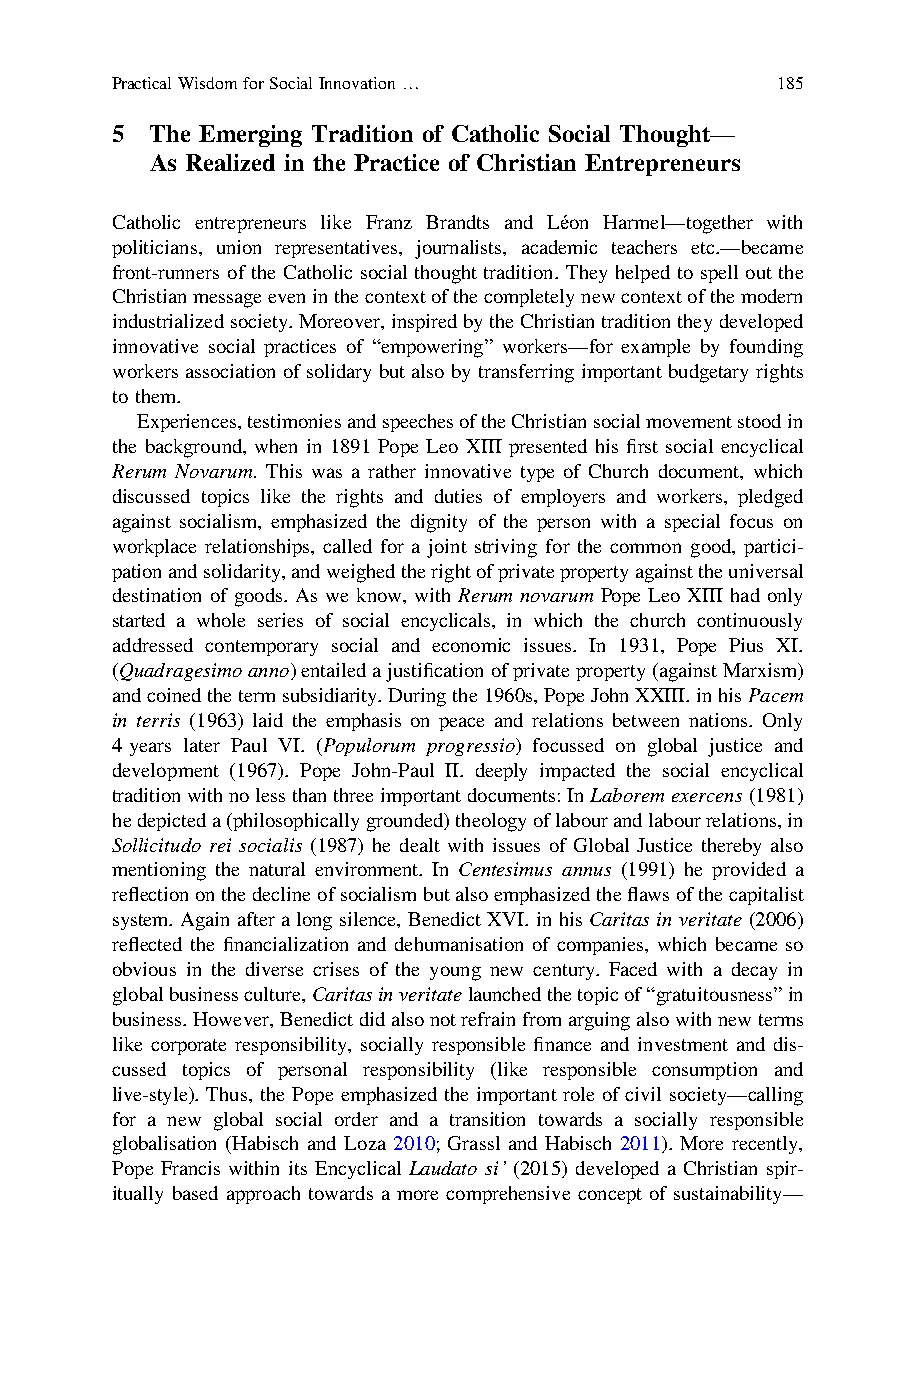
PracticalWisdomforSocialInnovation…         185
 5  The Emerging Tradition of Catholic Social Thought—
 As Realized in the Practice of Christian Entrepreneurs
 Catholic entrepreneurs like Franz Brandts and Léon Harmel—together with
 politicians, union representatives, journalists, academic teachers etc.—became
 front-runners of the Catholic social thought tradition. They helped to spell out the
 Christianmessageeveninthecontextofthecompletelynewcontextofthemodern
 industrializedsociety.Moreover,inspiredbytheChristiantraditiontheydeveloped
 innovative social practices of “empowering” workers—for example by founding
 workers association of solidary but also by transferring important budgetary rights
 to them.
 Experiences,testimoniesandspeechesoftheChristiansocialmovementstoodin
 the background, when in 1891 Pope Leo XIII presented his first social encyclical
 Rerum Novarum. This was a rather innovative type of Church document, which
 discussed topics like the rights and duties of employers and workers, pledged
 against socialism, emphasized the dignity of the person with a special focus on
 workplace relationships, called for a joint striving for the common good, partici-
 pationandsolidarity,andweighedtherightofprivatepropertyagainsttheuniversal
 destination of goods. As we know, with Rerum novarum Pope Leo XIII had only
 started a whole series of social encyclicals, in which the church continuously
 addressed contemporary social and economic issues. In 1931, Pope Pius XI.
 (Quadragesimoanno)entailedajustificationofprivateproperty(againstMarxism)
 andcoinedthetermsubsidiarity.Duringthe1960s,PopeJohnXXIII.inhisPacem
 in terris (1963) laid the emphasis on peace and relations between nations. Only
 4 years later Paul VI. (Populorum progressio) focussed on global justice and
 development (1967). Pope John-Paul II. deeply impacted the social encyclical
 traditionwithnolessthanthreeimportantdocuments:InLaboremexercens(1981)
 hedepicteda(philosophicallygrounded)theologyoflabourandlabourrelations,in
 Sollicitudo rei socialis (1987) he dealt with issues of Global Justice thereby also
 mentioning the natural environment. In Centesimus annus (1991) he provided a
 reflectiononthedeclineofsocialismbutalsoemphasizedtheflawsofthecapitalist
 system. Again after a long silence, Benedict XVI. in his Caritas in veritate (2006)
 reflected the financialization and dehumanisation of companies, which became so
 obvious in the diverse crises of the young new century. Faced with a decay in
 globalbusinessculture,Caritasinveritatelaunchedthetopicof“gratuitousness”in
 business.However,Benedictdidalsonotrefrainfromarguingalsowithnewterms
 like corporate responsibility, socially responsible finance and investment and dis-
 cussed topics of personal responsibility (like responsible consumption and
 live-style). Thus, the Pope emphasized the important role of civil society—calling
 for a new global social order and a transition towards a socially responsible
 globalisation (Habisch and Loza 2010; Grassl and Habisch 2011). More recently,
 Pope Francis within its Encyclical Laudato si’ (2015) developed a Christian spir-
 itually based approach towards a more comprehensive concept of sustainability—